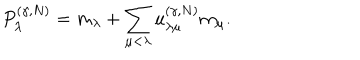
P _ { \lambda } ^ { ( \gamma , N ) } = m _ { \lambda } + \sum _ { \mu < \lambda } u _ { \lambda \mu } ^ { ( \gamma , N ) } m _ { \mu } .